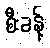
စီးခန့်